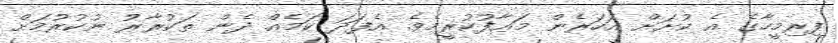
ފިރިމީހާގެ އެ ކުށަށް އަހަރެން މަޢާފުކުރީމެވެ. އެފަދަ ކަމެއް ދެން ތަކުރާރު ނުކުރުމަށް